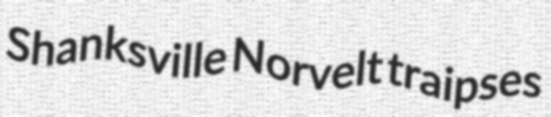
Shanksville Norvelt traipses